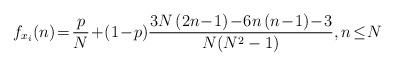
LaTeX: \begin{align*}f_{x_i}(n) \!=\! \frac{p}{N} \!+\! \left(1\!-\!p\right) \!\frac{3N\left(2n\!-\!1\right)\!-\!6n\left(n\!-\!1\right)\!-\!3}{N(N^2-1)}, n\!\leq\! N\end{align*}